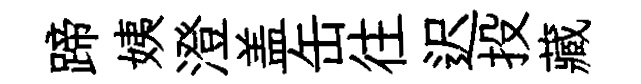
蹄姨澄盖缶往迟投藏